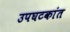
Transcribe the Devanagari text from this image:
उपघटकांत